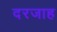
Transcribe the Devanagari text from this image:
दरजाह